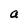
Character: a